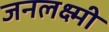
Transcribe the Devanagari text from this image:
जनलक्ष्मी